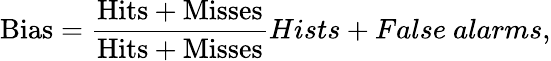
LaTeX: \mathrm{Bias}=\frac{\mathrm{Hits+Misses}}{\mathrm{Hits+Misses}}{Hists+False\ alarms},